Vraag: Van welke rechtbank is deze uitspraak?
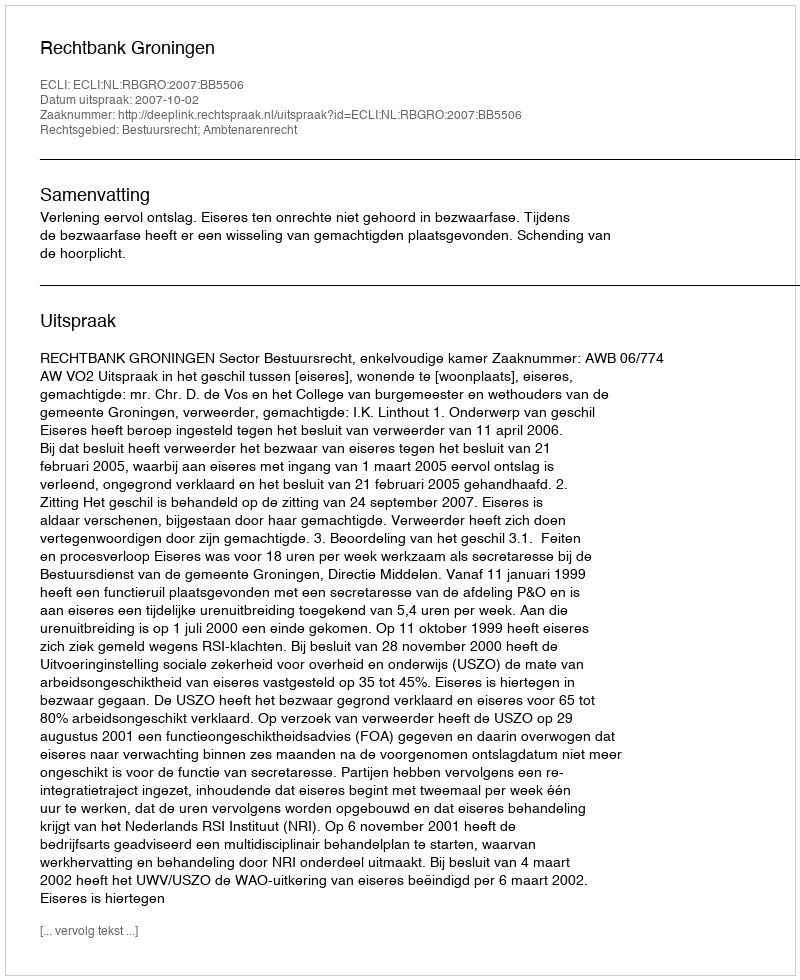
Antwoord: Rechtbank Groningen